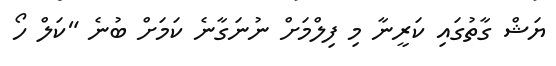
ޔަޝް ގާތުގައި ކަރީނާ މި ފިލްމަށް ނުނަގާނެ ކަމަށް ބުނެ "ކަލް ހޯ